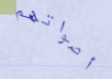
أصواتهم